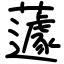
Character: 蘧